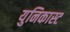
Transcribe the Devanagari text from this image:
युनिकास्ट